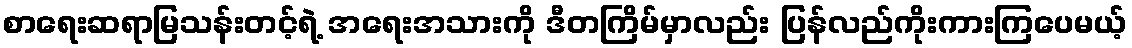
စာရေးဆရာမြသန်းတင့်ရဲ့ အရေးအသားကို ဒီတကြိမ်မှာလည်း ပြန်လည်ကိုးကားကြပေမယ့်